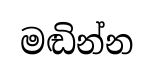
මඬින්න